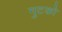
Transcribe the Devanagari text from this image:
गुटको